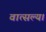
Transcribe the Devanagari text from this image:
वात्सल्य।